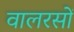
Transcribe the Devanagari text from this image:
वालरसों